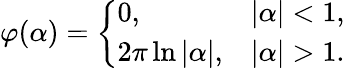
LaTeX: \varphi(\alpha)={\left\{ \begin{array}{ll}{0,}&{|\alpha|<1,}\\ {2\pi\ln|\alpha|,}&{|\alpha|>1.}\end{array}\right.}